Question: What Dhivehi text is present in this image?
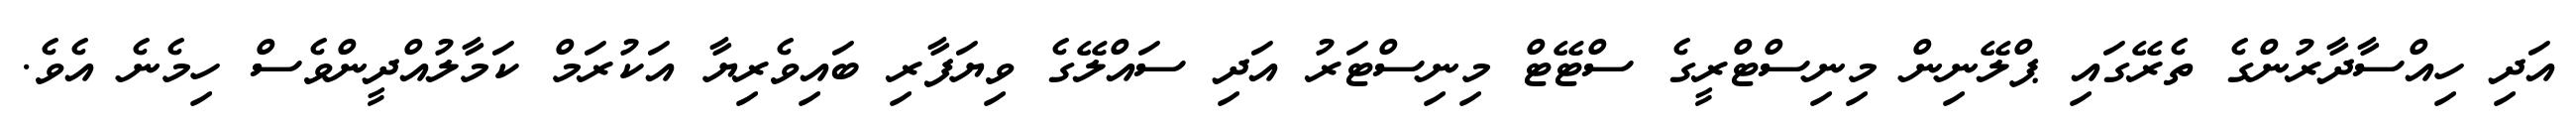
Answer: އަދި ހިއްސާދާރުންގެ ތެރޭގައި ޕްލޭނިން މިނިސްޓްރީގެ ސްޓޭޓް މިނިސްޓަރު އަދި ސައްލޭގެ ވިޔަފާރި ބައިވެރިޔާ އަކުރަމް ކަމާލުއްދީންވެސް ހިމެނެ އެވެ.